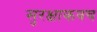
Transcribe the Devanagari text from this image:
सुरक्षाकवच